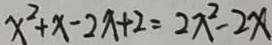
x ^ { 2 } + x - 2 x + 2 = 2 x ^ { 2 } - 2 x